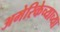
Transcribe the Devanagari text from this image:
अमेरिकेच्याच्या